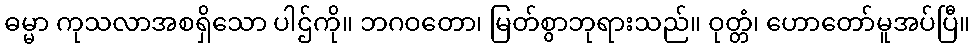
ဓမ္မာ ကုသလာအစရှိသော ပါဌ်ကို။ ဘဂဝတော၊ မြတ်စွာဘုရားသည်။ ဝုတ္တံ၊ ဟောတော်မူအပ်ပြီ။